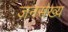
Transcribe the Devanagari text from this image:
जनसंख्य